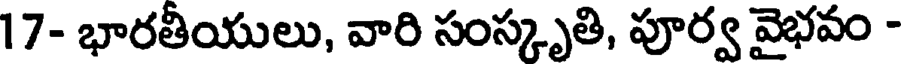
17- భారతీయులు, వారి సంస్కృతి, పూర్వ వైభవం -